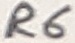
Text: R6